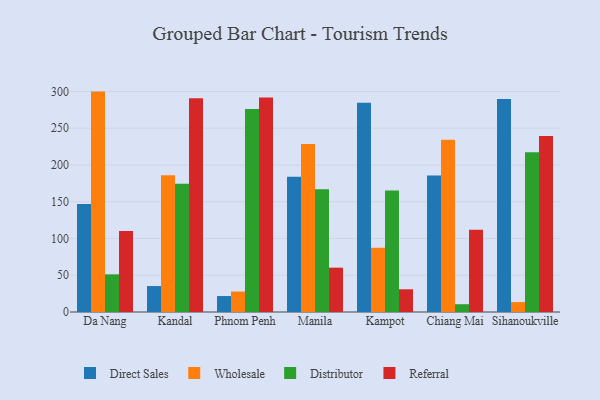
{"axis": {"x": "City", "y": "Inventory Turnover"}, "legend": ["Direct Sales", "Distributor", "Referral", "Wholesale"], "data": [{"x": "Da Nang", "y": 146.8, "type": "Direct Sales"}, {"x": "Da Nang", "y": 299.8, "type": "Wholesale"}, {"x": "Da Nang", "y": 51.2, "type": "Distributor"}, {"x": "Da Nang", "y": 110.3, "type": "Referral"}, {"x": "Kandal", "y": 35.3, "type": "Direct Sales"}, {"x": "Kandal", "y": 186.0, "type": "Wholesale"}, {"x": "Kandal", "y": 174.5, "type": "Distributor"}, {"x": "Kandal", "y": 290.8, "type": "Referral"}, {"x": "Phnom Penh", "y": 21.7, "type": "Direct Sales"}, {"x": "Phnom Penh", "y": 27.8, "type": "Wholesale"}, {"x": "Phnom Penh", "y": 276.2, "type": "Distributor"}, {"x": "Phnom Penh", "y": 291.8, "type": "Referral"}, {"x": "Manila", "y": 183.9, "type": "Direct Sales"}, {"x": "Manila", "y": 228.4, "type": "Wholesale"}, {"x": "Manila", "y": 166.9, "type": "Distributor"}, {"x": "Manila", "y": 60.3, "type": "Referral"}, {"x": "Kampot", "y": 284.5, "type": "Direct Sales"}, {"x": "Kampot", "y": 87.5, "type": "Wholesale"}, {"x": "Kampot", "y": 165.2, "type": "Distributor"}, {"x": "Kampot", "y": 30.9, "type": "Referral"}, {"x": "Chiang Mai", "y": 185.8, "type": "Direct Sales"}, {"x": "Chiang Mai", "y": 234.3, "type": "Wholesale"}, {"x": "Chiang Mai", "y": 10.6, "type": "Distributor"}, {"x": "Chiang Mai", "y": 111.9, "type": "Referral"}, {"x": "Sihanoukville", "y": 289.8, "type": "Direct Sales"}, {"x": "Sihanoukville", "y": 13.5, "type": "Wholesale"}, {"x": "Sihanoukville", "y": 217.3, "type": "Distributor"}, {"x": "Sihanoukville", "y": 239.5, "type": "Referral"}]}